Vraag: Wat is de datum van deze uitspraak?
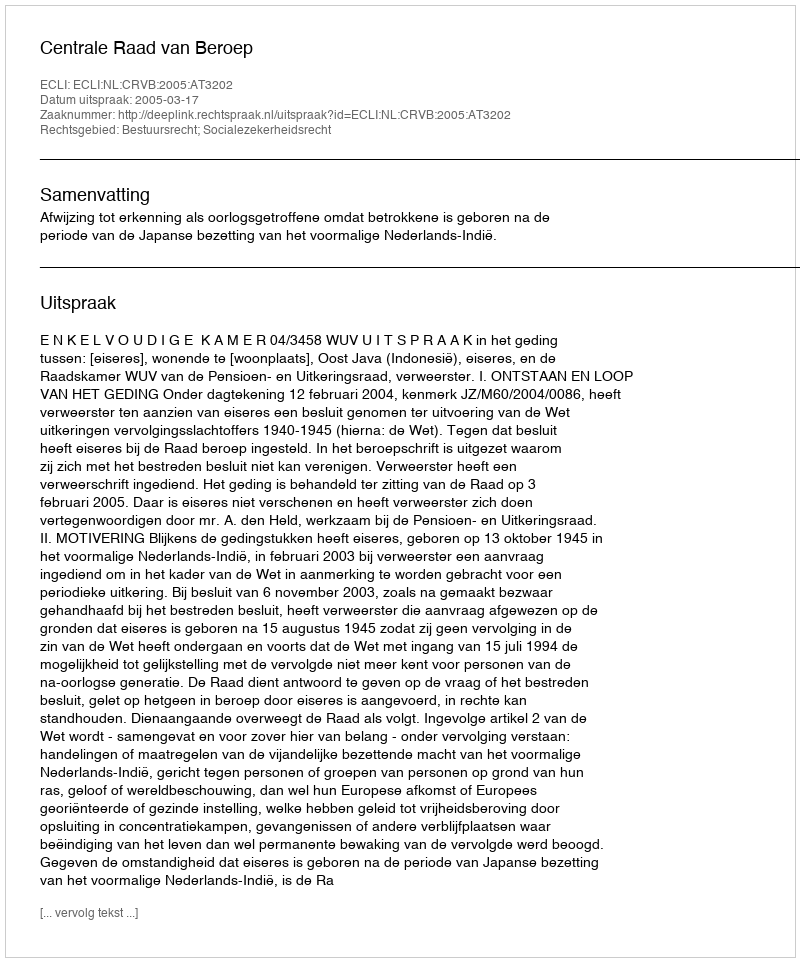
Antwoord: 2005-03-17